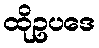
ထိုဥပဒေ